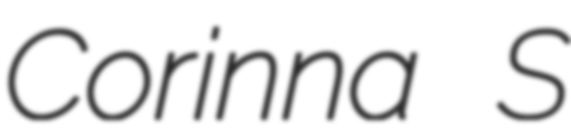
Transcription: Corinna S